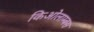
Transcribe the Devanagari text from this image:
किओलाम्बस